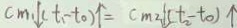
c m _ { 1 } \downarrow [ t _ { 1 } - t _ { 0 } ) \uparrow = c m _ { 2 } \downarrow ( t _ { 2 } - t _ { 0 } ) \uparrow